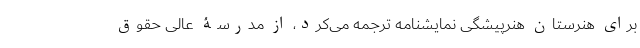
برای هنرستان هنرپیشگی نمایشنامه ترجمه می‌کرد، از مدرسۀ عالی حقوق